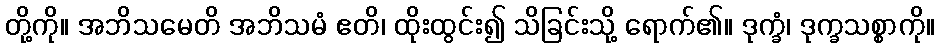
တို့ကို။ အဘိသမေတိ အဘိသမံ ဧတိ၊ ထိုးထွင်း၍ သိခြင်းသို့ ရောက်၏။ ဒုက္ခံ၊ ဒုက္ခသစ္စာကို။